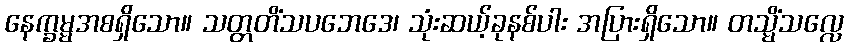
နေက္ခမ္မအစရှိသော။ သတ္တတိံသပဘေဒေ၊ သုံးဆယ့်ခုနစ်ပါး အပြားရှိသော။ တသ္မိံသလ္လေ